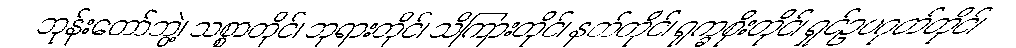
ဘုန်းတော်ဘွဲ့၊ သစ္စာတိုင်၊ ဘုရားတိုင်၊ သိကြားတိုင်၊ နတ်တိုင်၊ ရုက္ခစိုးတိုင်၊ ရှင်ဥပဂုတ်တိုင်၊